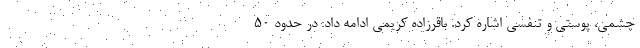
چشمی، پوستی و تنفسی اشاره کرد. باقرزاده کریمی ادامه داد: در حدود ۵۰